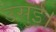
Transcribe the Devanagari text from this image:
उसुई।